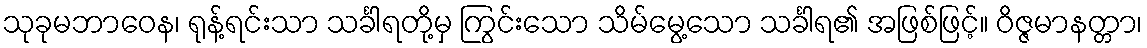
သုခုမဘာဝေန၊ ရုန့်ရင်းသာ သင်္ခါရတို့မှ ကြွင်းသော သိမ်မွေ့သော သင်္ခါရ၏ အဖြစ်ဖြင့်။ ဝိဇ္ဇမာနတ္တာ၊